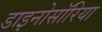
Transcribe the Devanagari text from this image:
डाइनोसॉरिया